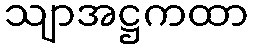
သျာအဋ္ဌကထာ